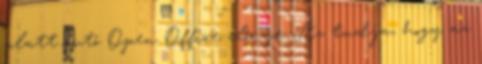
alatt futó Open Office előnye. Az tudja, hogy az